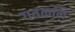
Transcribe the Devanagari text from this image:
गतकलि